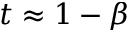
t \approx 1 - \beta